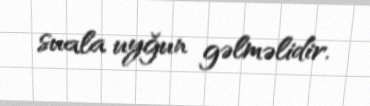
suala uyğun gəlməlidir.